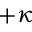
+ \kappa